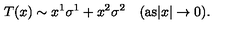
T ( x ) \sim x ^ { 1 } \sigma ^ { 1 } + x ^ { 2 } \sigma ^ { 2 } \quad ( \mathrm { a s } | x | \rightarrow 0 ) .